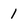
Character: 1